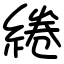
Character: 綣